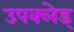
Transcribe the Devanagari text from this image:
उपक्लेड्